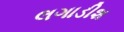
લગાડીશ